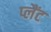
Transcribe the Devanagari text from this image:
प्लैंट